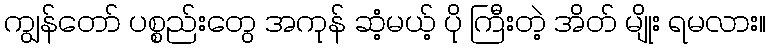
ကျွန်တော် ပစ္စည်းတွေ အကုန် ဆံ့မယ့် ပို ကြီးတဲ့ အိတ် မျိုး ရမလား။